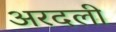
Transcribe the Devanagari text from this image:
अरदली